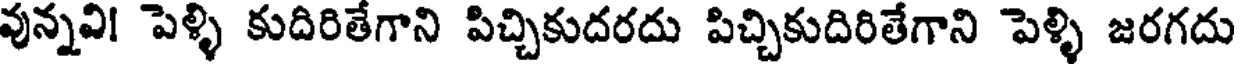
వున్నవి! పెళ్ళి కుదిరితేగాని పిచ్చికుదరదు పిచ్చికుదిరితేగాని పెళ్ళి జరగదు